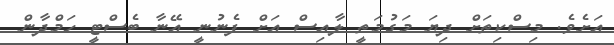
އަށެވެ. މިސްކިތަށް ދިޔަ މަގުމަތީ ލާއިސް އަށް ފެނުނީ އޭނާ ބެސްޓީ ހަމްދާން